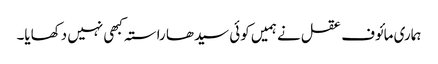
ہماری مائوف عقل نے ہمیں کوئی سیدھا راستہ کبھی نہیں دکھایا۔